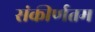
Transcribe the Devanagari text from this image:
संकीर्णतम